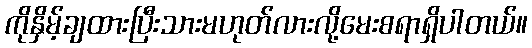
ကိုနှိမ့်ချထားပြီးသားမဟုတ်လားလို့မေးစရာရှိပါတယ်။